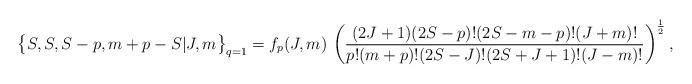
LaTeX: \begin{align*} \bigl\{ S , S , S-p , m+p-S | J , m \bigr\}_{q=1} = f_p(J,m) \, \left(\frac{(2J+1)(2S-p)!(2S-m-p)!(J+m)!} {p! (m+p)! (2S-J)! (2S+J+1)! (J-m)!}\right)^{\frac 12} ,\end{align*}